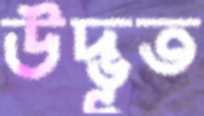
উদ্ভূত